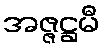
အဇ္ဇဋ္ဌမီ